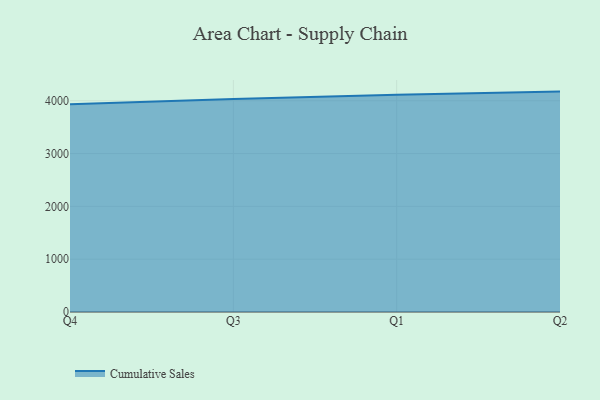
{"axis": {"x": "Quarter", "y": "LTV (USD)"}, "legend": ["Cumulative Sales"], "data": [{"x": "Q4", "y": 3934.0, "type": "Cumulative Sales"}, {"x": "Q3", "y": 4033.9, "type": "Cumulative Sales"}, {"x": "Q1", "y": 4112.4, "type": "Cumulative Sales"}, {"x": "Q2", "y": 4172.6, "type": "Cumulative Sales"}]}